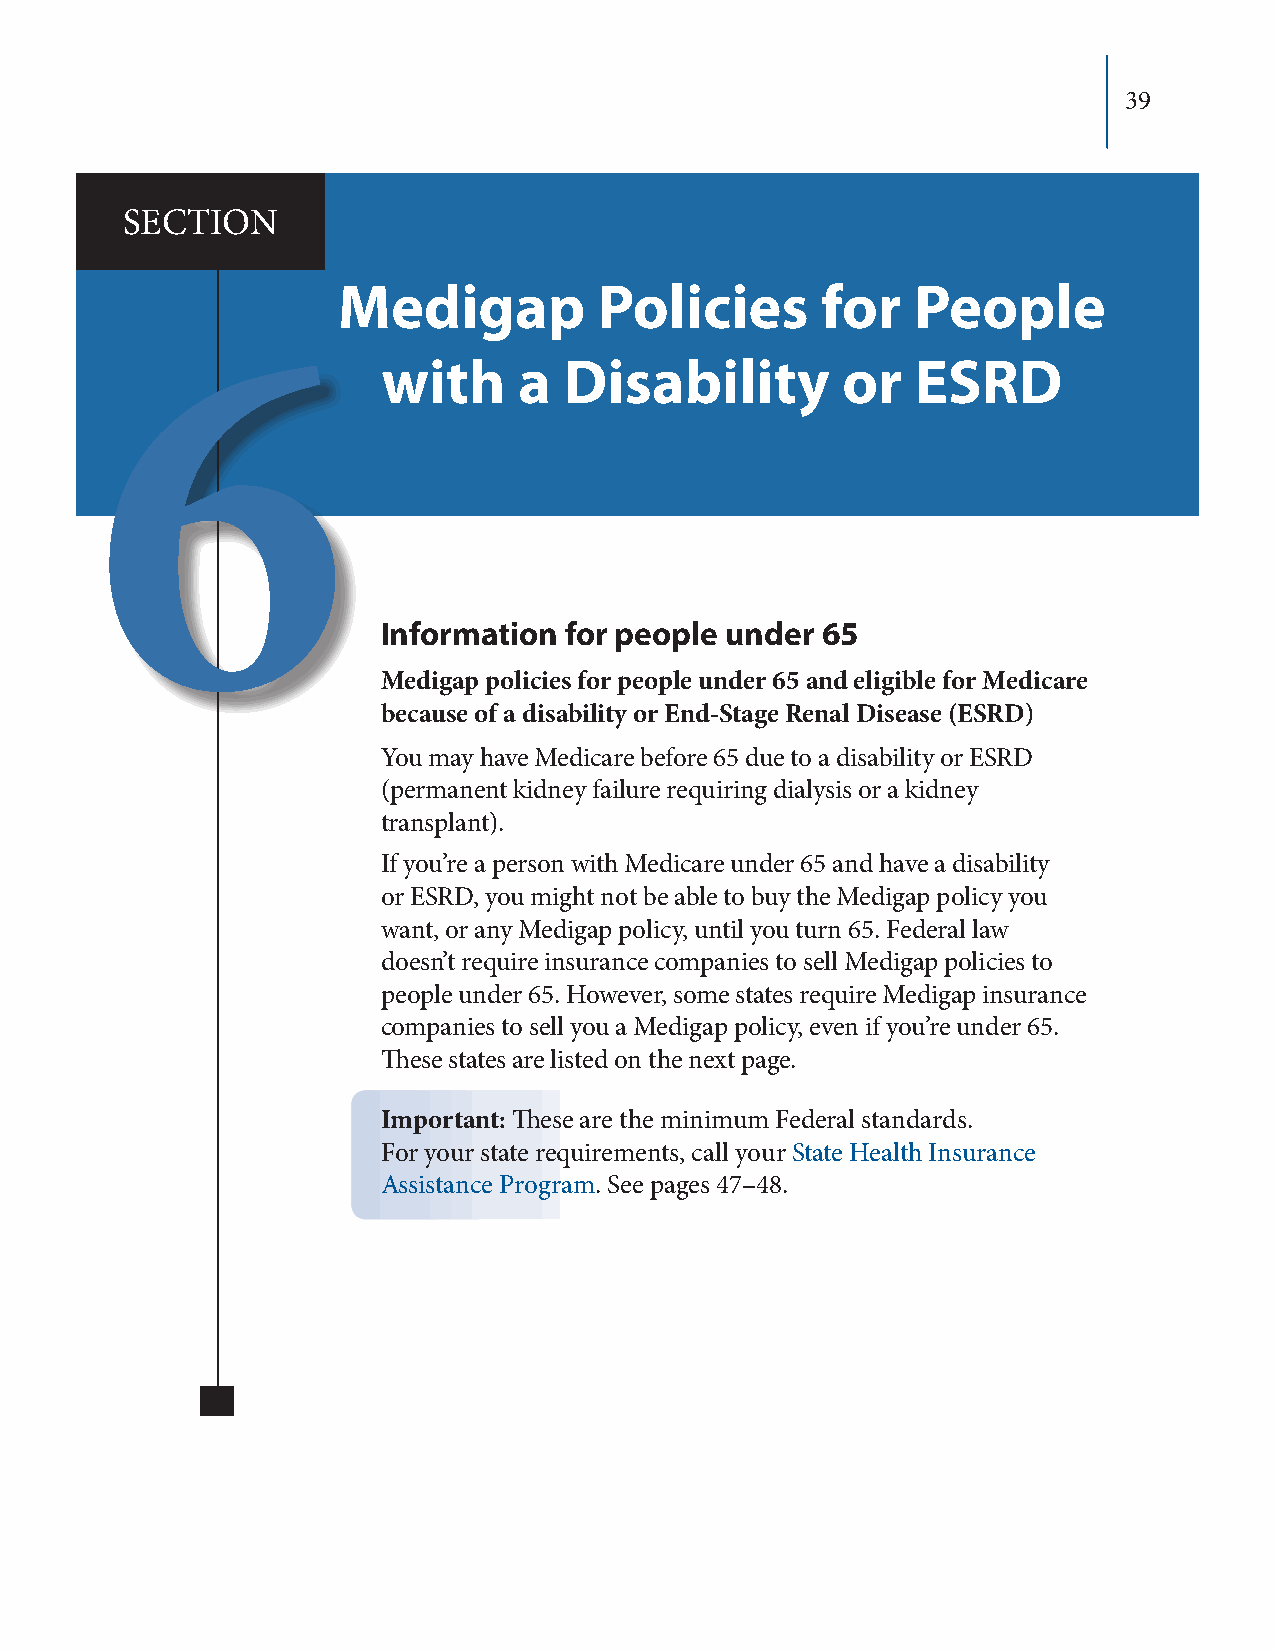
39
 SECTION
 Medigap           Policies      for    People
 with     a  Disability         or   ESRD
 6
 Information for people under 65
 Medigap policies for people under 65 and eligible for Medicare
 because of a disability or End-Stage Renal Disease (ESRD)
 You may have Medicare before 65 due to a disability or ESRD
 (permanent kidney failure requiring dialysis or a kidney
 transplant).
 If you’re a person with Medicare under 65 and have a disability
 or ESRD, you might not be able to buy the Medigap policy you
 want, or any Medigap policy, until you turn 65. Federal law
 doesn’t require insurance companies to sell Medigap policies to
 people under 65. However, some states require Medigap insurance
 companies to sell you a Medigap policy, even if you’re under 65.
 These states are listed on the next page.
 Important: These are the minimum Federal standards.
 For your state requirements, call your State Health Insurance
 Assistance Program. See pages 47–48.